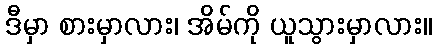
ဒီမှာ စားမှာလား၊ အိမ်ကို ယူသွားမှာလား။